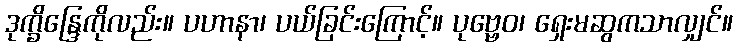
ဒုက္ခိန္ဒြေကိုလည်း။ ပဟာနာ၊ ပယ်ခြင်းကြောင့်။ ပုဗ္ဗေဝ၊ ရှေးမဆွကသာလျှင်။